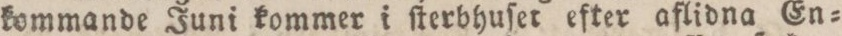
kommande Juni kommer i ſterbhuſer efter aflidna En=